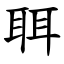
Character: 聑